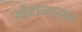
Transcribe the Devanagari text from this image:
औरानाबाद